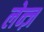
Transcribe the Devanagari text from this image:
लेन्ज़